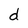
Character: d